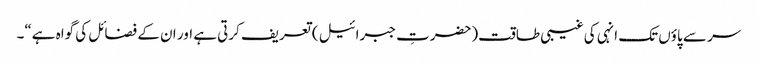
سر سے پاؤں تک انہی کی غیبی طاقت(حضرتِ جبرائیل ) تعریف کرتی ہے اور ان کے فضائل کی گواہ ہے“۔